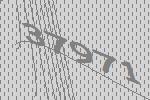
37971